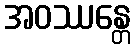
အဝဿန္တေ